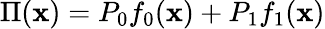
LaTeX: \Pi(\mathbf{x})=P_{0}f_{0}(\mathbf{x})+P_{1}f_{1}(\mathbf{x})